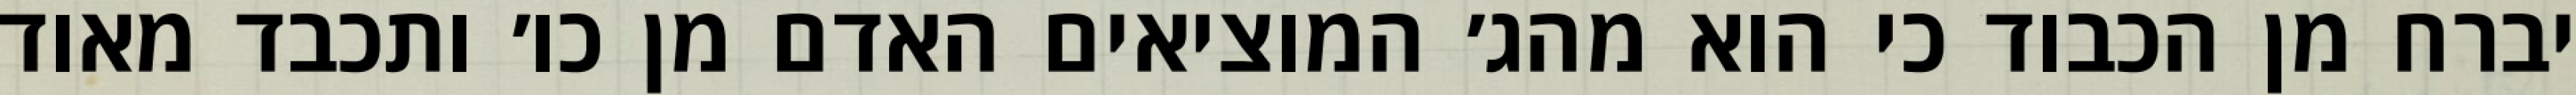
יברח מן הכבוד כי הוא מהג׳ המוציאים האדם מן כו׳ ותכבד מאוד